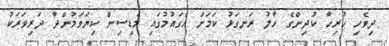
ދިވެހި ހުރިހާ ކުދިންގެ ހާލު ރަނގަޅު ކަމަށް އެގައުމުގައި މެޑިސިން ކިޔަވަމުންދާ ދަރިވަރަކު